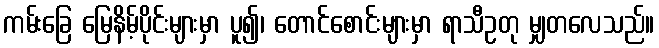
ကမ်းခြေ မြေနိမ့်ပိုင်းများမှာ ပူ၍၊ တောင်စောင်းများမှာ ရာသီဥတု မျှတလေသည်။